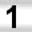
Digit: 1